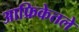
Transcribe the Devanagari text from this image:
आफ्रिकेतले